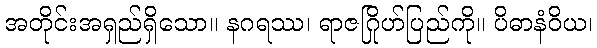
အတိုင်းအရှည်ရှိသော။ နဂရဿ၊ ရာဇဂြိုဟ်ပြည်ကို။ ပိဓာနံဝိယ၊